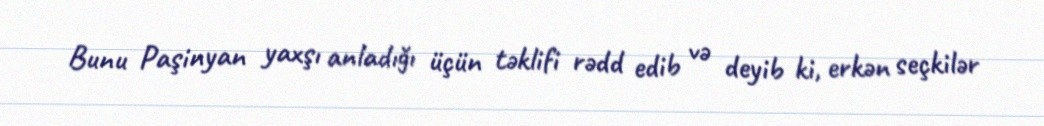
Bunu Paşinyan yaxşı anladığı üçün təklifi rədd edib və deyib ki, erkən seçkilər